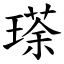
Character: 瑹